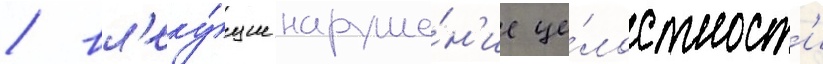
/ вл'еку́щие наруше́н'ие це́лостност'и